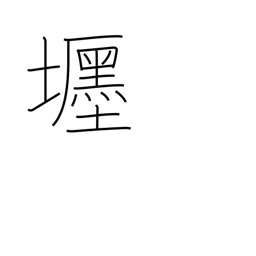
Meaning: fine residence